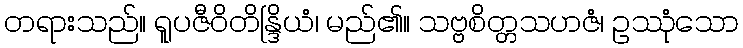
တရားသည်။ ရူပဇီဝိတိန္ဒြိယံ၊ မည်၏။ သဗ္ဗစိတ္တသဟဇံ၊ ဥဿုံသော